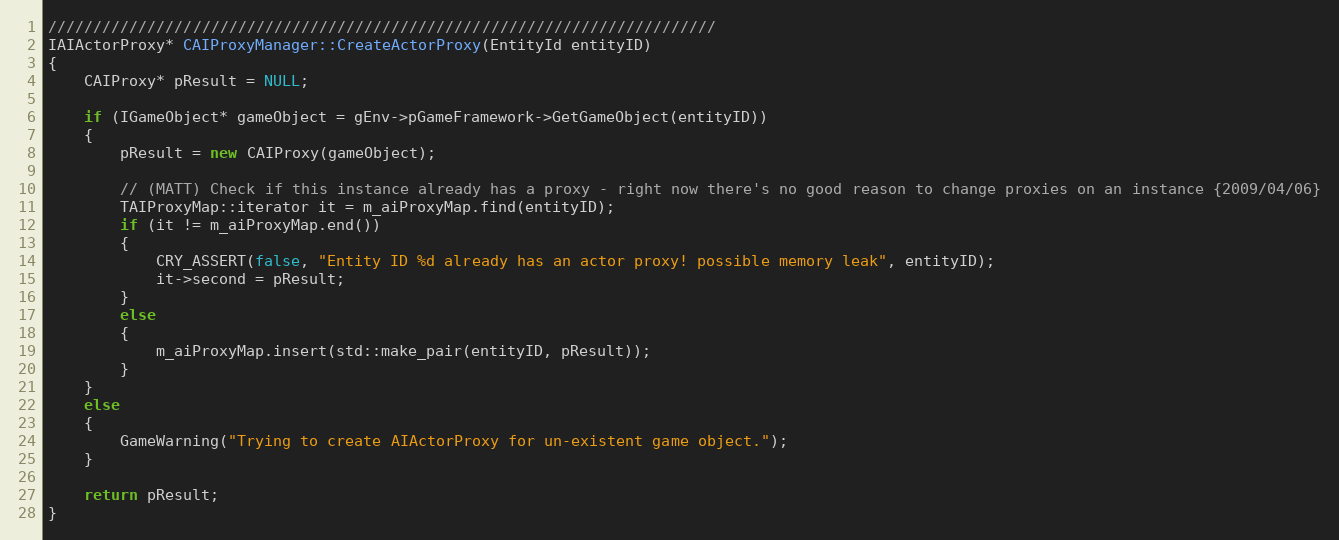
Language: C++
//////////////////////////////////////////////////////////////////////////
IAIActorProxy* CAIProxyManager::CreateActorProxy(EntityId entityID)
{
	CAIProxy* pResult = NULL;

	if (IGameObject* gameObject = gEnv->pGameFramework->GetGameObject(entityID))
	{
		pResult = new CAIProxy(gameObject);

		// (MATT) Check if this instance already has a proxy - right now there's no good reason to change proxies on an instance {2009/04/06}
		TAIProxyMap::iterator it = m_aiProxyMap.find(entityID);
		if (it != m_aiProxyMap.end())
		{
			CRY_ASSERT(false, "Entity ID %d already has an actor proxy! possible memory leak", entityID);
			it->second = pResult;
		}
		else
		{
			m_aiProxyMap.insert(std::make_pair(entityID, pResult));
		}
	}
	else
	{
		GameWarning("Trying to create AIActorProxy for un-existent game object.");
	}

	return pResult;
}